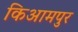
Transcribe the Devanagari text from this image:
किआमपुर